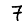
Digit: 7